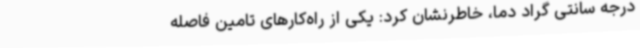
درجه سانتی گراد دما، خاطرنشان کرد: یکی از راه‌کارهای تامین فاصله